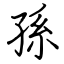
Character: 孫